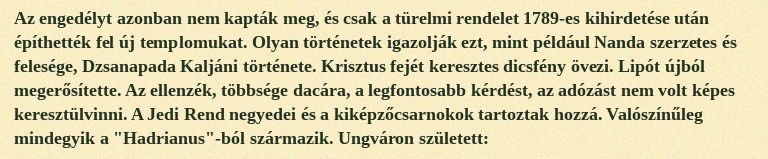
Az engedélyt azonban nem kapták meg, és csak a türelmi rendelet 1789-es kihirdetése után építhették fel új templomukat. Olyan történetek igazolják ezt, mint például Nanda szerzetes és felesége, Dzsanapada Kaljáni története. Krisztus fejét keresztes dicsfény övezi. Lipót újból megerősítette. Az ellenzék, többsége dacára, a legfontosabb kérdést, az adózást nem volt képes keresztülvinni. A Jedi Rend negyedei és a kiképzőcsarnokok tartoztak hozzá. Valószínűleg mindegyik a "Hadrianus"-ból származik. Ungváron született: